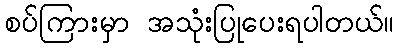
စပ်ကြားမှာ အသုံးပြုပေးရပါတယ်။